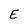
Character: E